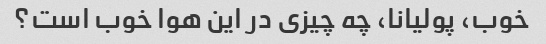
خوب، پولیانا، چه چیزی در این هوا خوب است؟